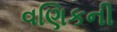
વણિકની